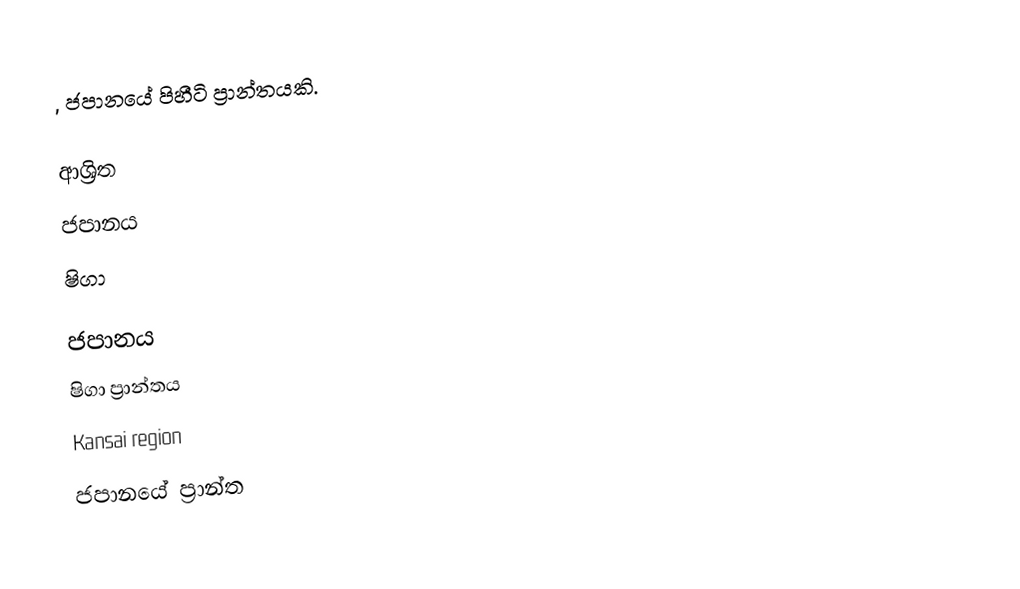
, ජපානයේ පිහීටි ප්‍රාන්තයකි.

ආශ්‍රිත
 ජපානය
 ෂිගා

ජපානය
ෂිගා ප්‍රාන්තය
Kansai region
ජපානයේ ප්‍රාන්ත